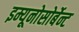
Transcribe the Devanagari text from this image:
इम्यूनोसोर्बेन्ट